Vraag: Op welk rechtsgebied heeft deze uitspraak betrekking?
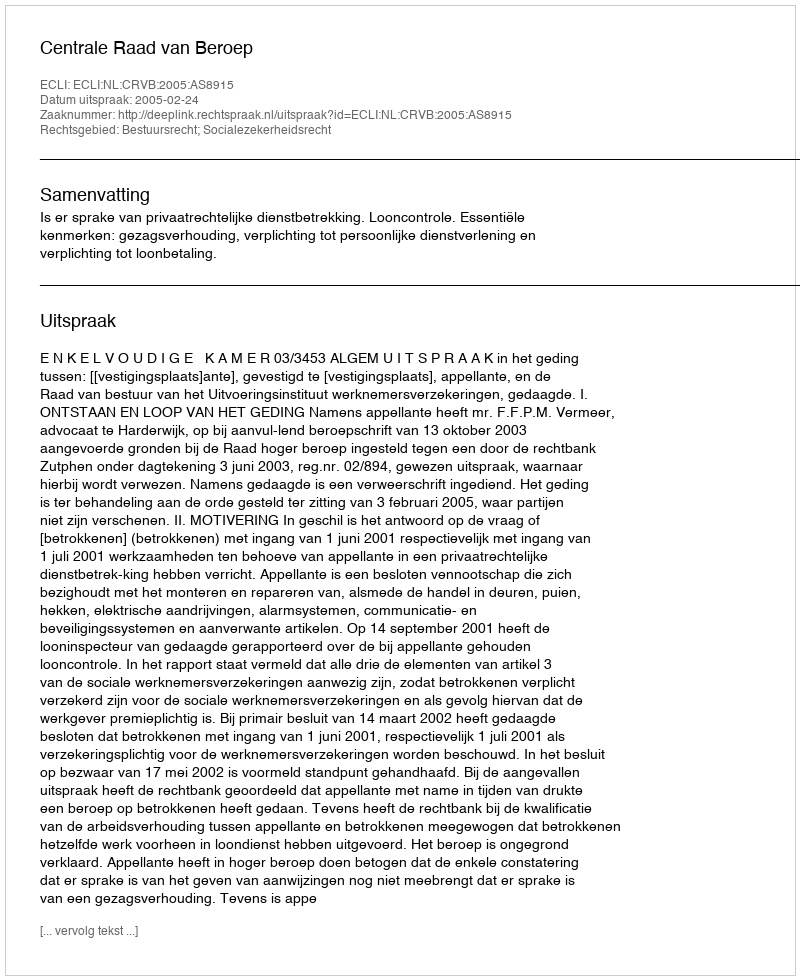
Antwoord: Bestuursrecht; Socialezekerheidsrecht